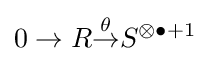
0\to R{\overset {\theta }{\to }}S^{\otimes \bullet +1}